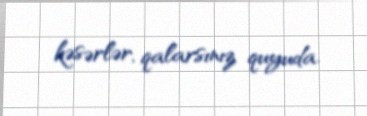
kəsərlər, qalarsınız quyuda.